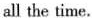
all the time.